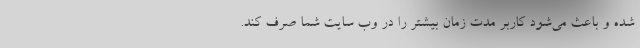
شده و باعث می‌شود کاربر مدت زمان بیشتر را در وب سایت شما صرف کند.